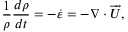
\frac { 1 } { \rho } \frac { d \rho } { d t } = - \dot { \varepsilon } = - \nabla \cdot \overrightarrow { U } ,